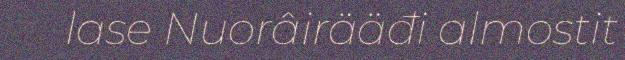
lase Nuorâirääđi almostit